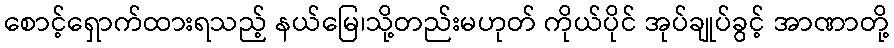
စောင့်ရှောက်ထားရသည့် နယ်မြေ၊သို့တည်းမဟုတ် ကိုယ်ပိုင် အုပ်ချုပ်ခွင့် အာဏာတို့